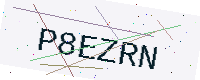
Text: P8EZRN